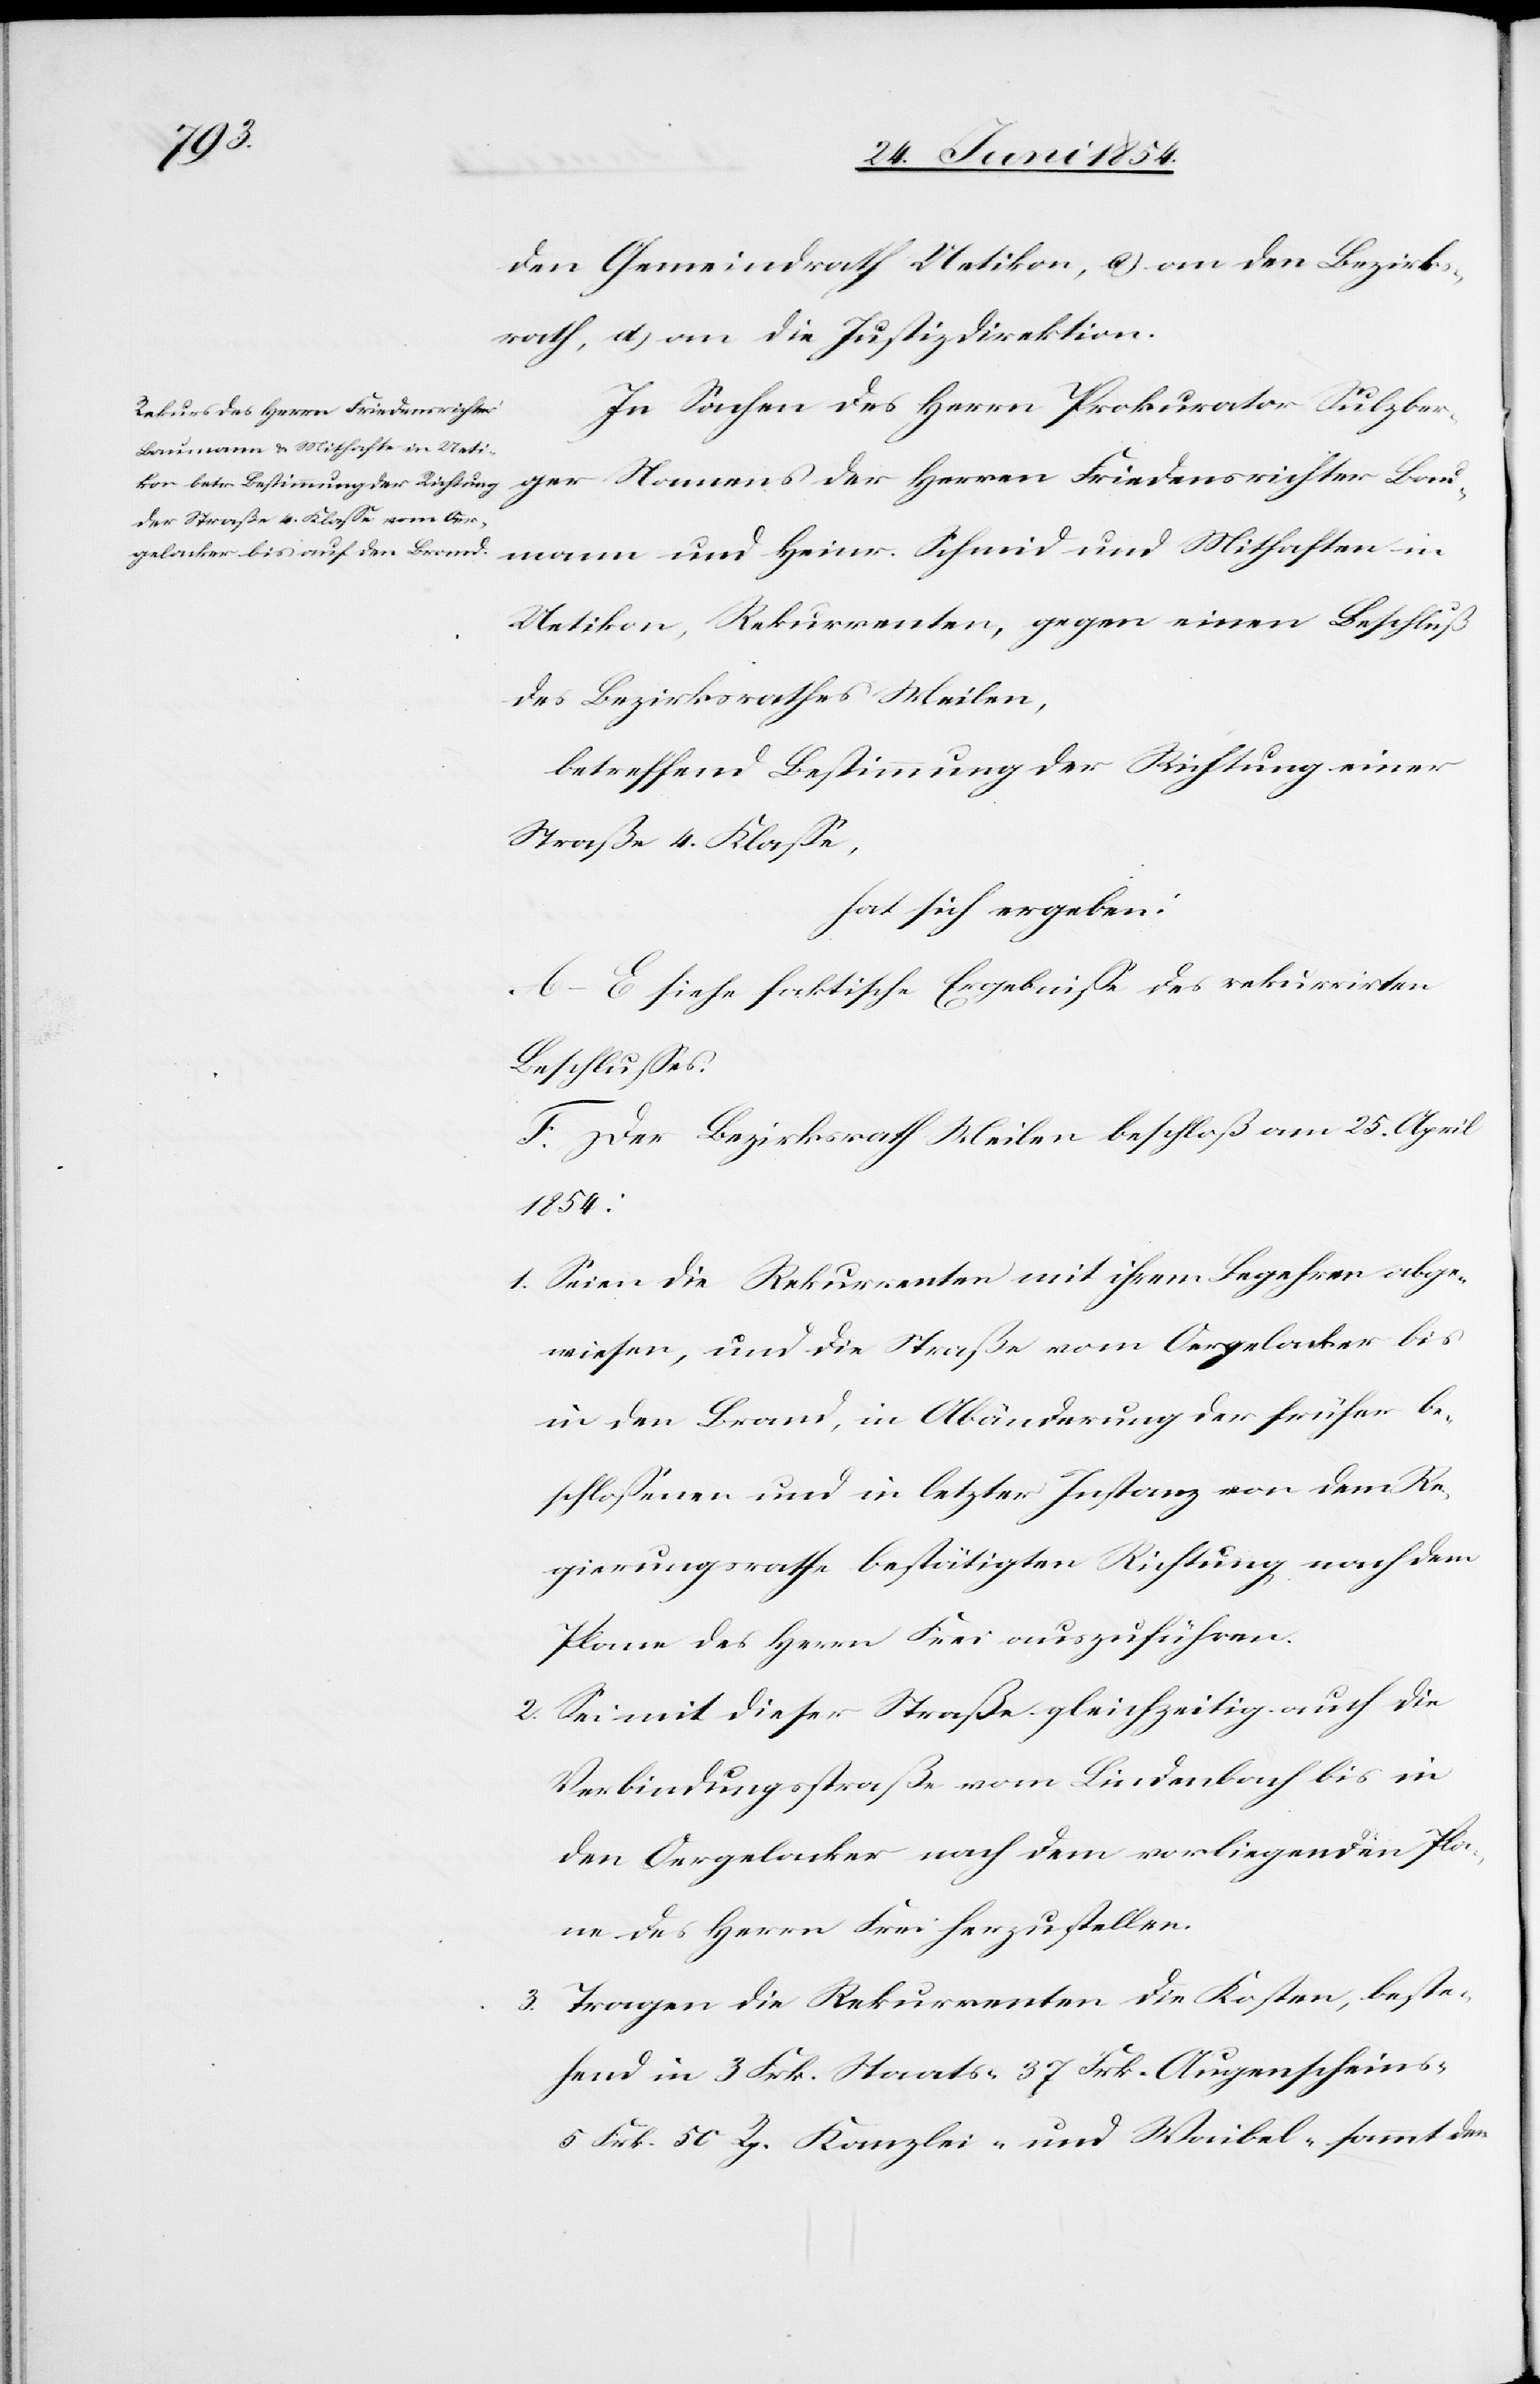
den Gemeindrath Uetikon, c) an den Bezirks¬
rath, d) an die Justizdirektion.
In Sachen des Herrn Prokurator Sulzber¬
ger Namens der Herren Friedensrichter Bau¬
mann und Heinr. Schmid und Mithafte in
Uetikon, Rekurrenten, gegen einen Beschluß
des Bezirksrathes Meilen,
betreffend Bestimmung der Richtung einer
Straße 4. Klaße,
hat sich ergeben:
A.–E. siehe faktische Ergebniße des rekurrirten
Beschlußes.
F. Der Bezirksrath Meilen beschloß am 25. April
1854:
1. Seien die Rekurrenten mit ihrem Begehren abge¬
wiesen, und die Straße vom Oergelacker bis
in den Brand, in Abänderung der früher be¬
schloßenen und in letzter Instanz von dem Re¬
gierungsrathe bestätigten Richtung nach dem
Plane des Herrn Frei auszuführen.
2. Sei mit dieser Straße gleichzeitig auch die
Verbindungsstraße vom Lindenbach bis in
den Oergelacker nach dem vorliegenden Pla¬
ne des Herrn Frei herzustellen.
3. Tragen die Rekurrenten die Kosten, beste¬
hend in 3 Frk. Staats-[,] 37 Frk. Augenscheins-[,]
5 Frk. 50 Rp. Kanzlei-[,] und Waibel-[,] sammt den